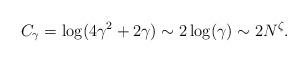
LaTeX: \begin{align*} C_{\gamma} = \log(4\gamma^{2}+2\gamma) \sim 2\log(\gamma) \sim 2N^{\zeta}.\end{align*}